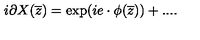
i \partial X ( { \overline { z } } ) = \exp ( i e \cdot \phi ( { \overline { z } } ) ) + . . . .